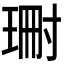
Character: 𭹝